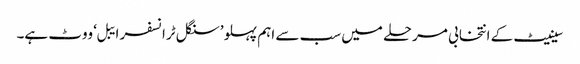
سینیٹ کے انتخابی مرحلے میں سب سے اہم پہلو ’سنگل ٹرانسفر ایبل‘ ووٹ ہے۔